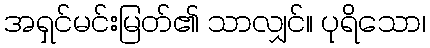
အရှင်မင်းမြတ်၏ သာလျှင်။ ပုရိသော၊